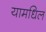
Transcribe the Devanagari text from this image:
यामधिल